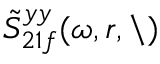
\tilde { S } _ { 2 1 f } ^ { y y } ( \omega , r , \backslash )